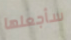
سأجعلها